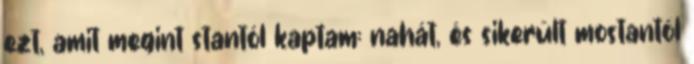
ezt, amit megint stantól kaptam: nahát, és sikerült mostantól